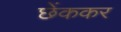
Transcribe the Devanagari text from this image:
छेंककर